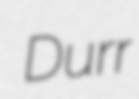
Durr